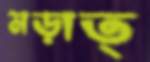
মড়াত্